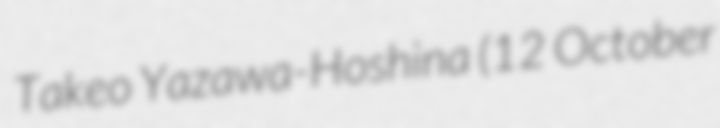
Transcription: Takeo Yazawa-Hoshina (12 October